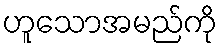
ဟူသောအမည်ကို